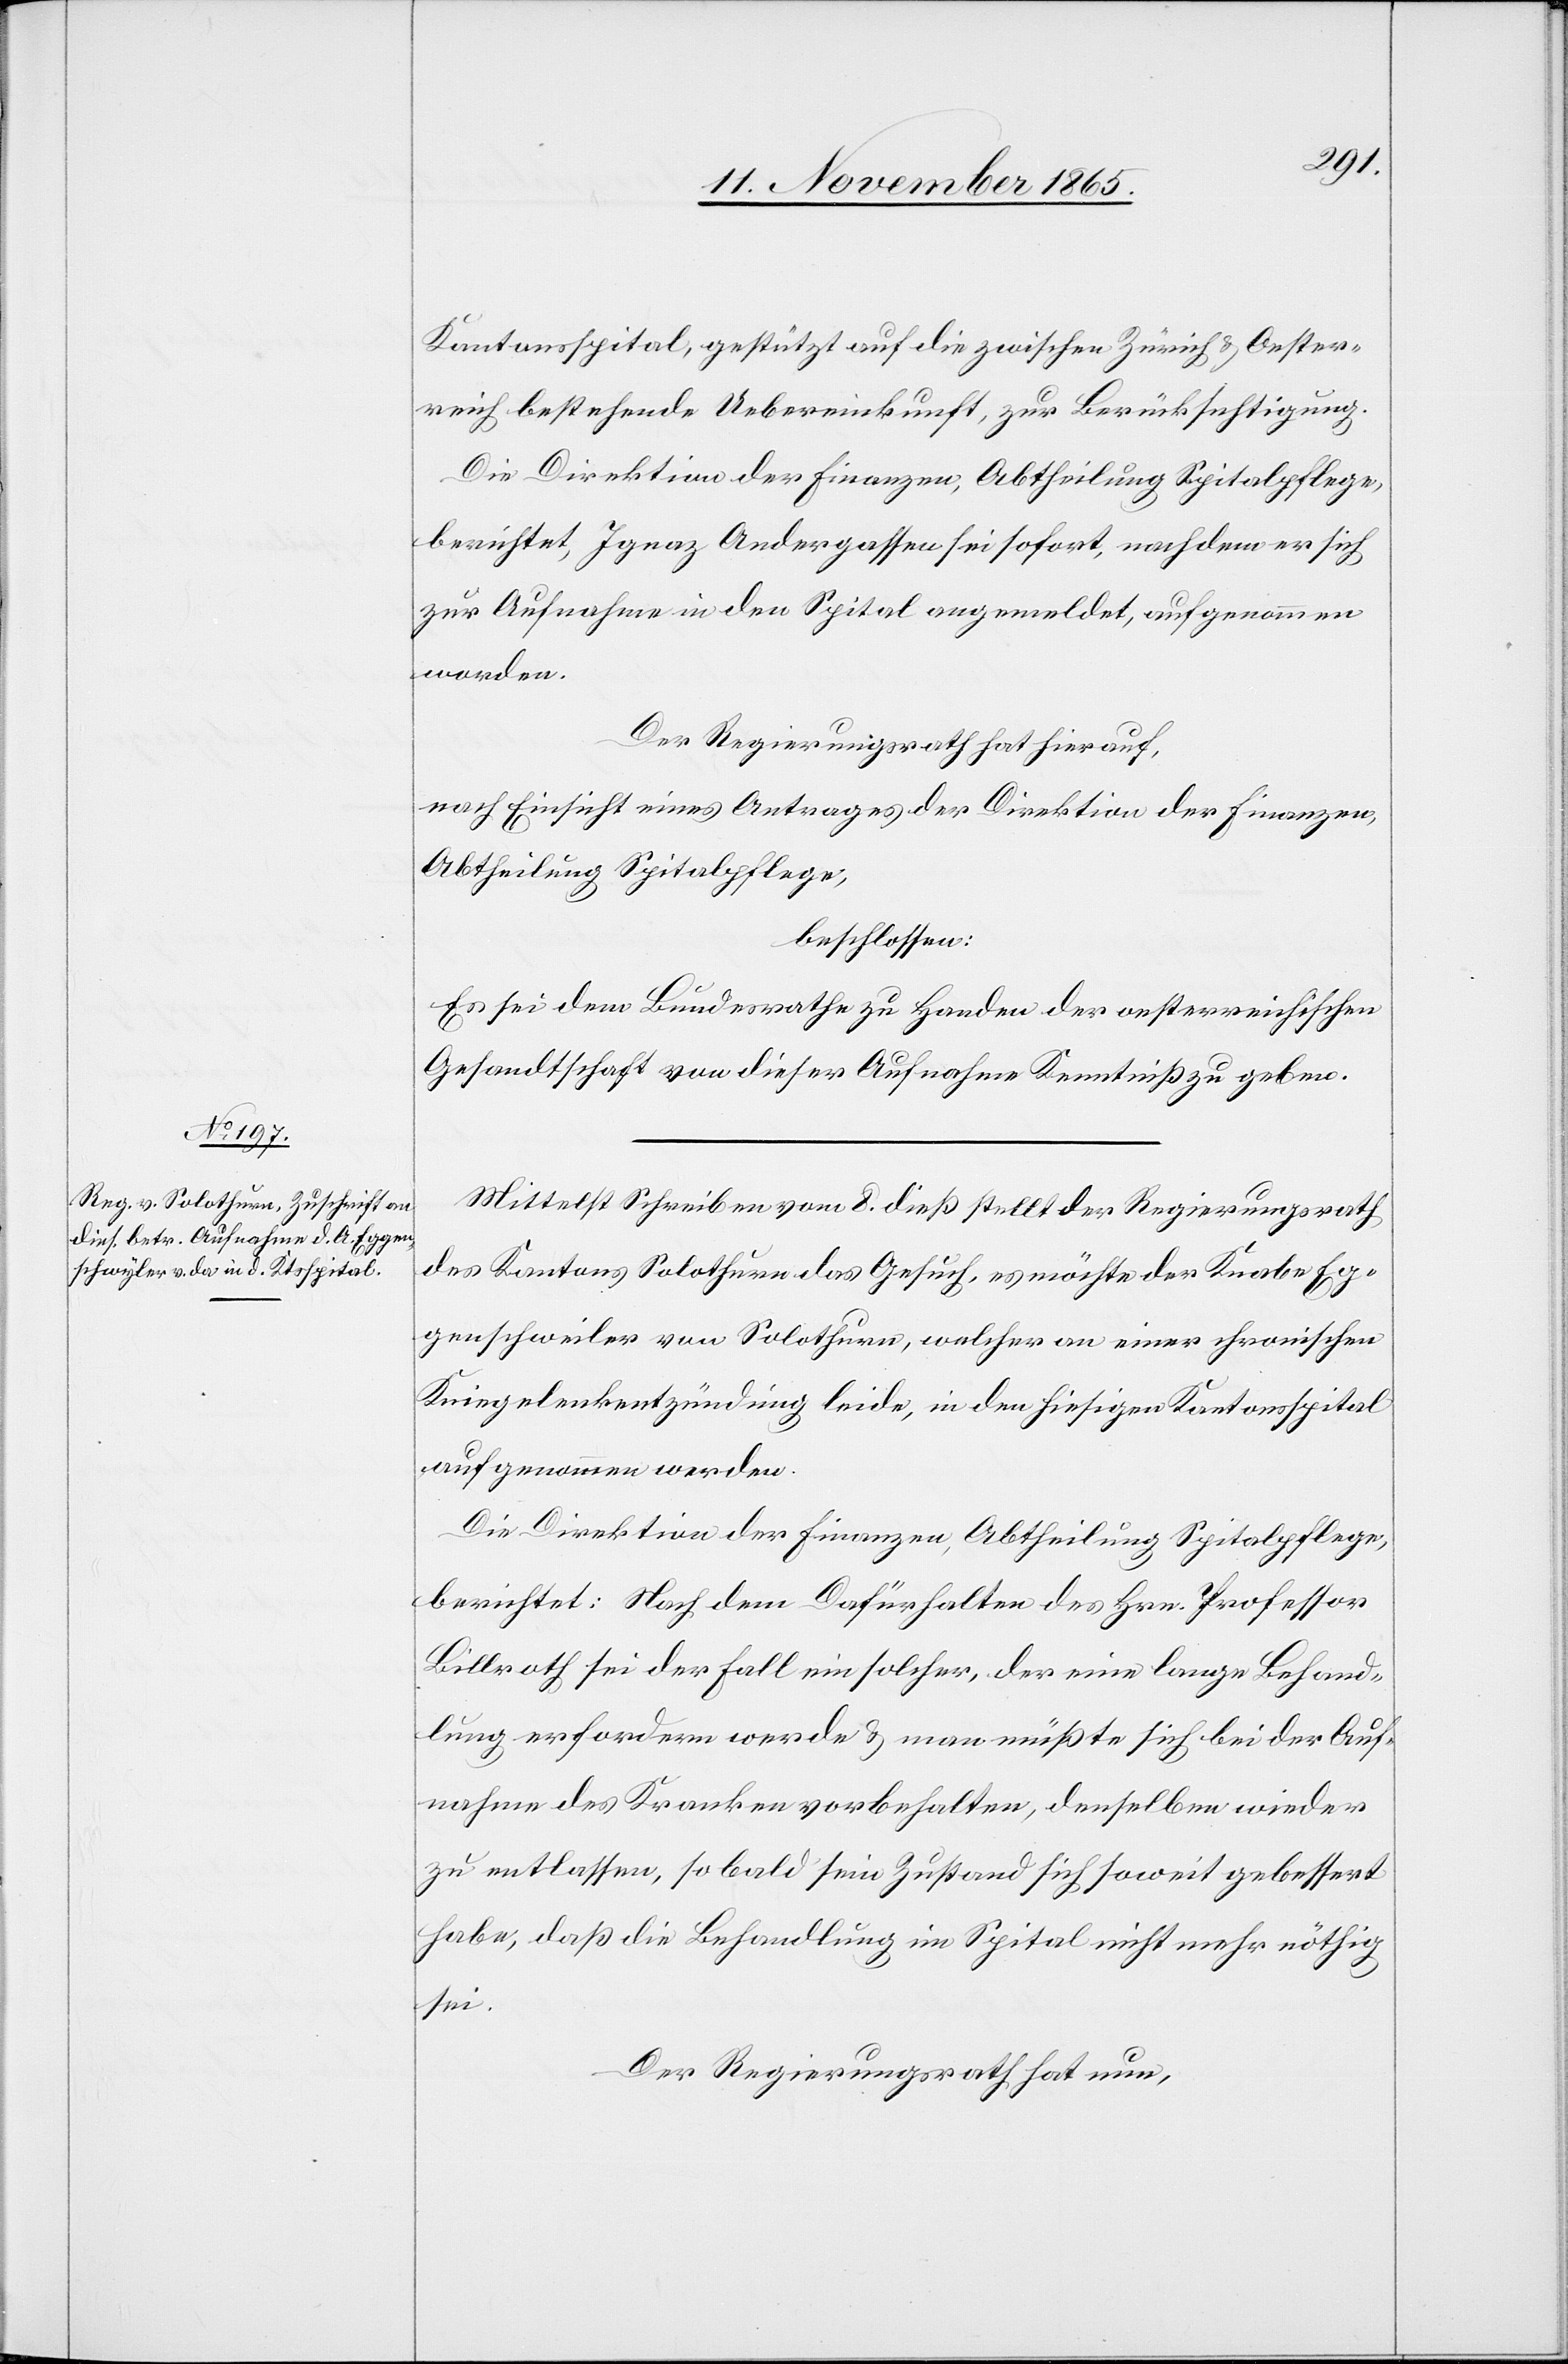
13. November 1865.]
Kantonsspital, gestützt auf die zwischen Zürich & Oester¬
reich bestehende Uebereinkunft, zur Berücksichtigung.
Die Direktion der Finanzen, Abtheilung Spitalpflege,
berichtet, Ignaz Andergassen sei sofort, nachdem er sich
zu Aufnahme in den Spital angemeldet, aufgenommen
worden.
Der Regierungsrath hat hierauf,
nach Einsicht eines Antrages der Direktion der Finanzen,
Abtheilung Spitalpflege,
beschlossen:
Es sei dem Bundesrathe zu Handen der oesterreichischen
Gesandtschaft von dieser Aufnahme Kenntniß zu geben.
Mittelst Schreiben vom 8. dieß stellt der Regierungsrath
des Kantons Solothurn das Gesuch, es möchte der Knabe Eg¬
genschweiler von Solothurn, welcher an einer chronischen
Kniegelenksentzündung leide, in den hiesigen Kantonsspital
aufgenommen werden.
berichtet: Nach dem Dafürhalten des Hrn. Professor
Billroth sei der Fall ein solcher, der eine lange Behand¬
lung erfordern werde & man müßte sich bei der Auf¬
nahme des Kranken vorbehalten, denselben wieder
zu entlassen, so bald sein Zustand sich soweit gebessert
habe, daß die Behandlung im Spital nicht mehr nöthig
sei.
Der Regierungsrath hat nun,